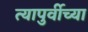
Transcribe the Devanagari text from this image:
त्यापुर्वीच्या